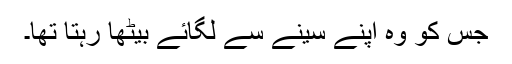
جس کو وہ اپنے سینے سے لگائے بیٹھا رہتا تھا۔